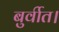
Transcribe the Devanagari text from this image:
बुर्वीत।